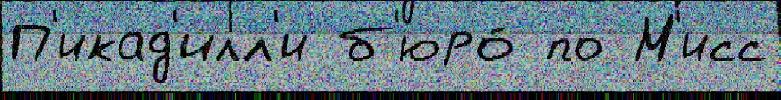
П'икад'илл'и б'юро́ по М'исс